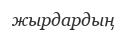
жырдардың